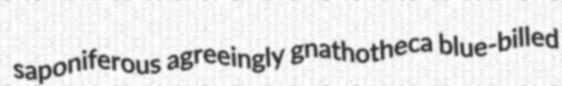
saponiferous agreeingly gnathotheca blue-billed